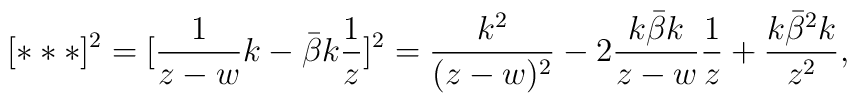
[***]^2=[\frac{1}{z-w}k-\bar{\beta }k\frac{1}{z}]^2=\frac{k^2}{(z-w)^2} -2\frac{k\bar{\beta }k}{z-w}\frac{1}{z}  +\frac{k\bar{\beta }^2k}{z^2},